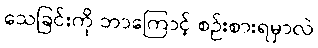
သေခြင်းကို ဘာကြောင့် စဉ်းစားရမှာလဲ